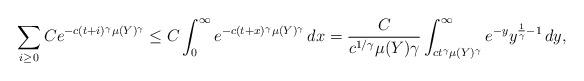
LaTeX: \begin{align*}\sum_{i \ge 0} Ce^{-c(t+i)^\gamma \mu(Y)^\gamma} \le C \int_0^\infty e^{- c (t+x)^\gamma \mu(Y)^\gamma} \, dx= \frac{C}{ c^{1/\gamma} \mu(Y) \gamma} \int_{ct^\gamma \mu(Y)^\gamma}^\infty e^{-y} y^{\frac{1}{\gamma} -1} \, dy,\end{align*}